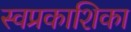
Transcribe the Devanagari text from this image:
स्वप्रकाशिका